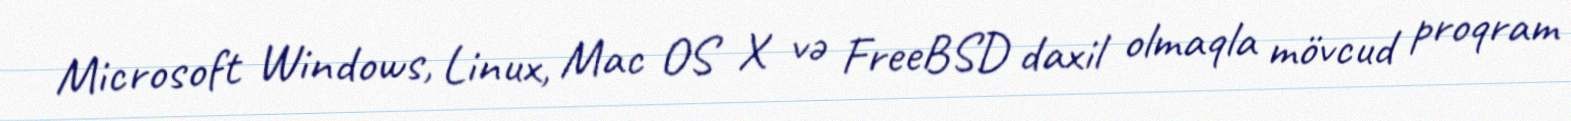
Microsoft Windows, Linux, Mac OS X və FreeBSD daxil olmaqla mövcud proqram